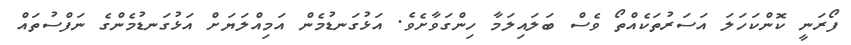
ފޯރަނީ ކޮންކަހަލަ އަސަރުތަކެއްތޯ ވެސް ބަލައިލަމާ ހިންގަވާށެވެ. އަޅުގަނޑުމެން އަމިއްލަޔަށް އަޅުގަނޑުމެންގެ ނަފްސުތައް